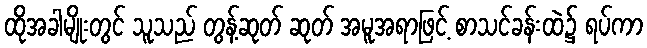
ထိုအခါမျိုးတွင် သူသည် တွန့်ဆုတ် ဆုတ် အမူအရာဖြင့် စာသင်ခန်းထဲ၌ ရပ်ကာ